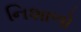
નિશાળો